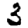
Digit: 3